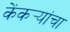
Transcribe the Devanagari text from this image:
केंकर्‍यांचा